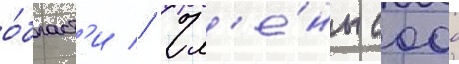
о́бласт'и // Чл'е́ны сооо